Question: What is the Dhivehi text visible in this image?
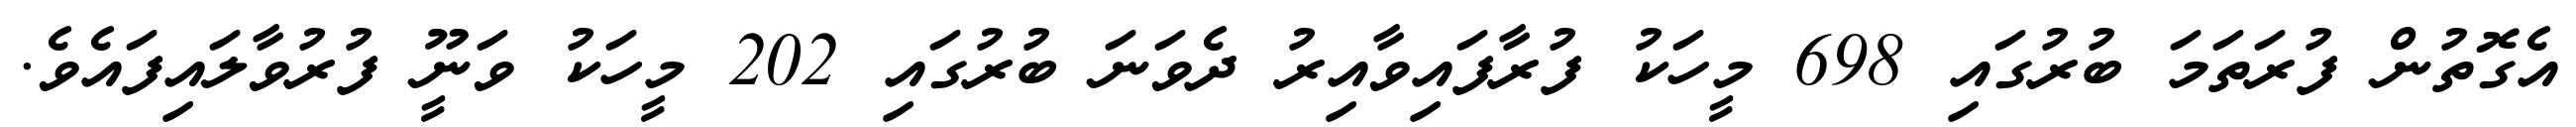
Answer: އެގޮތުން ފުރަތަމަ ބުރުގައި 698 މީހަކު ފުރާފައިވާއިރު ދެވަނަ ބުރުގައި 202 މީހަކު ވަނީޫ ފުރުވާލައިފައެވެ.